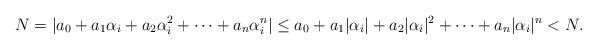
LaTeX: \begin{align*}N=|a_{0}+a_{1}\alpha_{i}+a_{2}\alpha_{i}^{2}+\cdots+a_{n}\alpha_{i}^{n}|\leq a_{0}+a_{1}|\alpha_{i}|+a_{2}|\alpha_{i}|^{2}+\cdots+a_{n}|\alpha_{i}|^{n}<N .\end{align*}